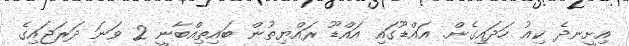
އިށީނދެ ކިއު ހަދައިގެން. އައްޑޫގައި އައްޑޫ ރައްޔިތުން ބައިތިއްބާނީ 2 ވަނަ ދަރަޖައިގެ